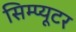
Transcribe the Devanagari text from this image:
सिम्प्यूटर